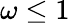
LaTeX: \omega\leq 1